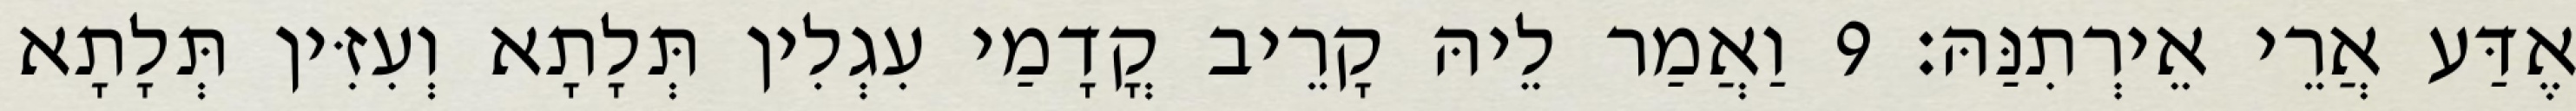
אֶדַּע אֲרֵי אֵירְתִנַּהּ׃ 9 וַאֲמַר לֵיהּ קָרֵיב קֳדָמַי עִגְלִין תְּלָתָא וְעִזִּין תְּלָתָא